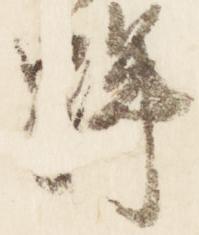
蹕